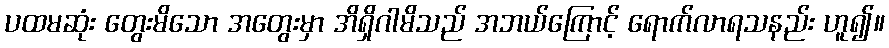
ပထမဆုံး တွေးမိသော အတွေးမှာ အိရှိဂါမိသည် အဘယ်ကြောင့် ရောက်လာရသနည်း ဟူ၍။